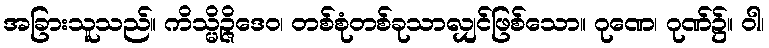
အခြားသူသည်။ ကိသ္မိဉ္ဇိဒေဝ၊ တစ်စုံတစ်ခုသာလျှင်ဖြစ်သော။ ဂုဏေ၊ ဂုဏ်၌။ ဝါ၊